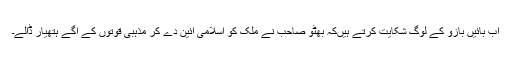
اب بائیں بازو کے لوگ شکایت کرتے ہیںکہ بھٹو صاحب نے ملک کو اسلامی آئین دے کر مذہبی قوتوں کے آگے ہتھیار ڈالے۔